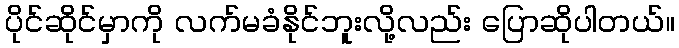
ပိုင်ဆိုင်မှာကို လက်မခံနိုင်ဘူးလို့လည်း ပြောဆိုပါတယ်။